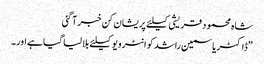
شاہ محمود قریشی کیلئے پریشان کن خبر آ گئی
”ڈاکٹر یاسمین راشد کو انٹرویو کیلئے بلا لیا گیا ہے اور۔